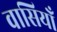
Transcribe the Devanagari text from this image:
वासियोँ